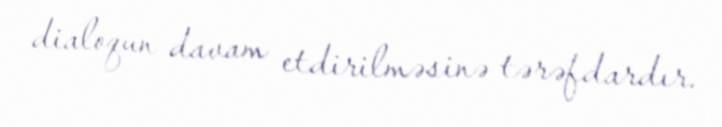
dialoqun davam etdirilməsinə tərəfdardır.